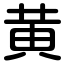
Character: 黄